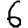
Digit: 6